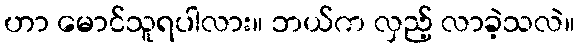
ဟာ မောင်သူရပါလား။ ဘယ်က လှည့် လာခဲ့သလဲ။